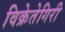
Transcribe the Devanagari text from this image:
विक्रेतेगिरी